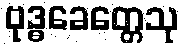
ဗုဒ္ဓခေတ္တေသု